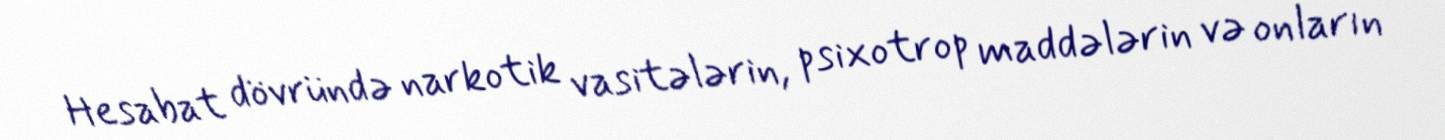
Hesabat dövründə narkotik vasitələrin, psixotrop maddələrin və onların